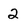
Character: 2